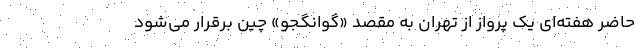
حاضر هفته‌ای یک پرواز از تهران به مقصد «گوانگجو» چین برقرار می‌شود